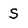
Character: s